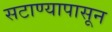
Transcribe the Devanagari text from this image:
सटाण्यापासून